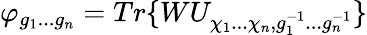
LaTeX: \varphi_{g_{1}...g_{n}}=Tr\{ WU_{\chi_{1}...\chi_{n},g_{1}^{-1}...g_{n}^{-1}}\}